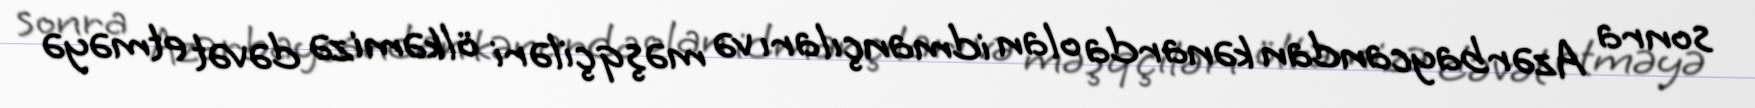
sonra Azərbaycandan kənarda olan idmançıları və məşqçiləri ölkəmizə dəvət etməyə